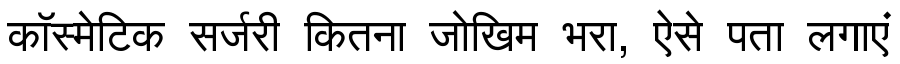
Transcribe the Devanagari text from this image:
कॉस्मेटिक सर्जरी कितना जोखिम भरा, ऐसे पता लगाएं